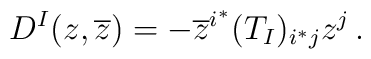
D^I(z,\overline z)=-\overline z^{i^*}(T_I)_{i^*j}z^j\,.